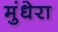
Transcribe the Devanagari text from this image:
मुंधेरा